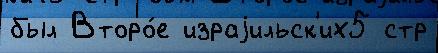
был Второ́е израjильск'их5 стр